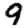
Digit: 9